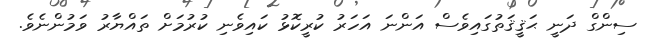
ސިންގް ދަނީ ޙަޤީޤަތުގައިވެސް އަންނަ އަހަރު ކުރީކޮޅު ކައިވެނި ކުރުމަށް ތައްޔާރު ވަމުންނެވެ.